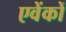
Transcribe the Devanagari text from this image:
एवेंकों